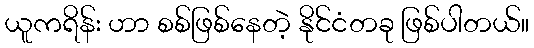
ယူကရိန်း ဟာ စစ်ဖြစ်နေတဲ့ နိုင်ငံတခု ဖြစ်ပါတယ်။